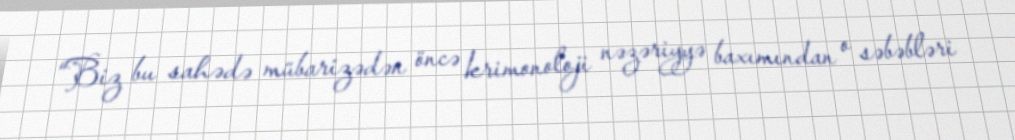
“Biz bu sahədə mübarizədən öncə krimonoloji nəzəriyyə baxımından o səbəbləri